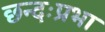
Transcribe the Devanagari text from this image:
छन्दःप्रभा